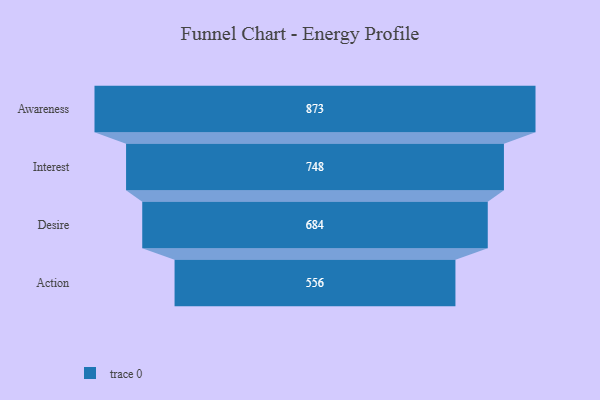
{"axis": {"x": "Stage", "y": "Value"}, "legend": [""], "data": [{"x": "Awareness", "y": 873.0, "type": ""}, {"x": "Interest", "y": 748.0, "type": ""}, {"x": "Desire", "y": 684.0, "type": ""}, {"x": "Action", "y": 556.0, "type": ""}]}